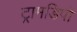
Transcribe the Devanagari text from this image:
ट्रामडिपो